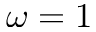
\omega = 1